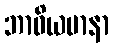
ဘာဝိယမာနာ